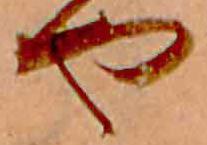
や